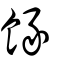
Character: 餯